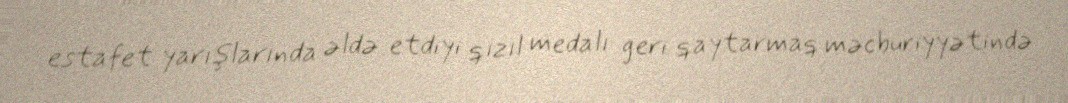
estafet yarışlarında əldə etdiyi qızıl medalı geri qaytarmaq məcburiyyətində